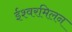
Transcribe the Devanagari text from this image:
ईश्वरमिलन